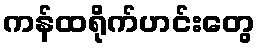
ကန်ထရိုက်ဟင်းတွေ